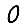
Digit: 0